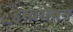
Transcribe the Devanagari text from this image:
र्‍हस्वरोमन्